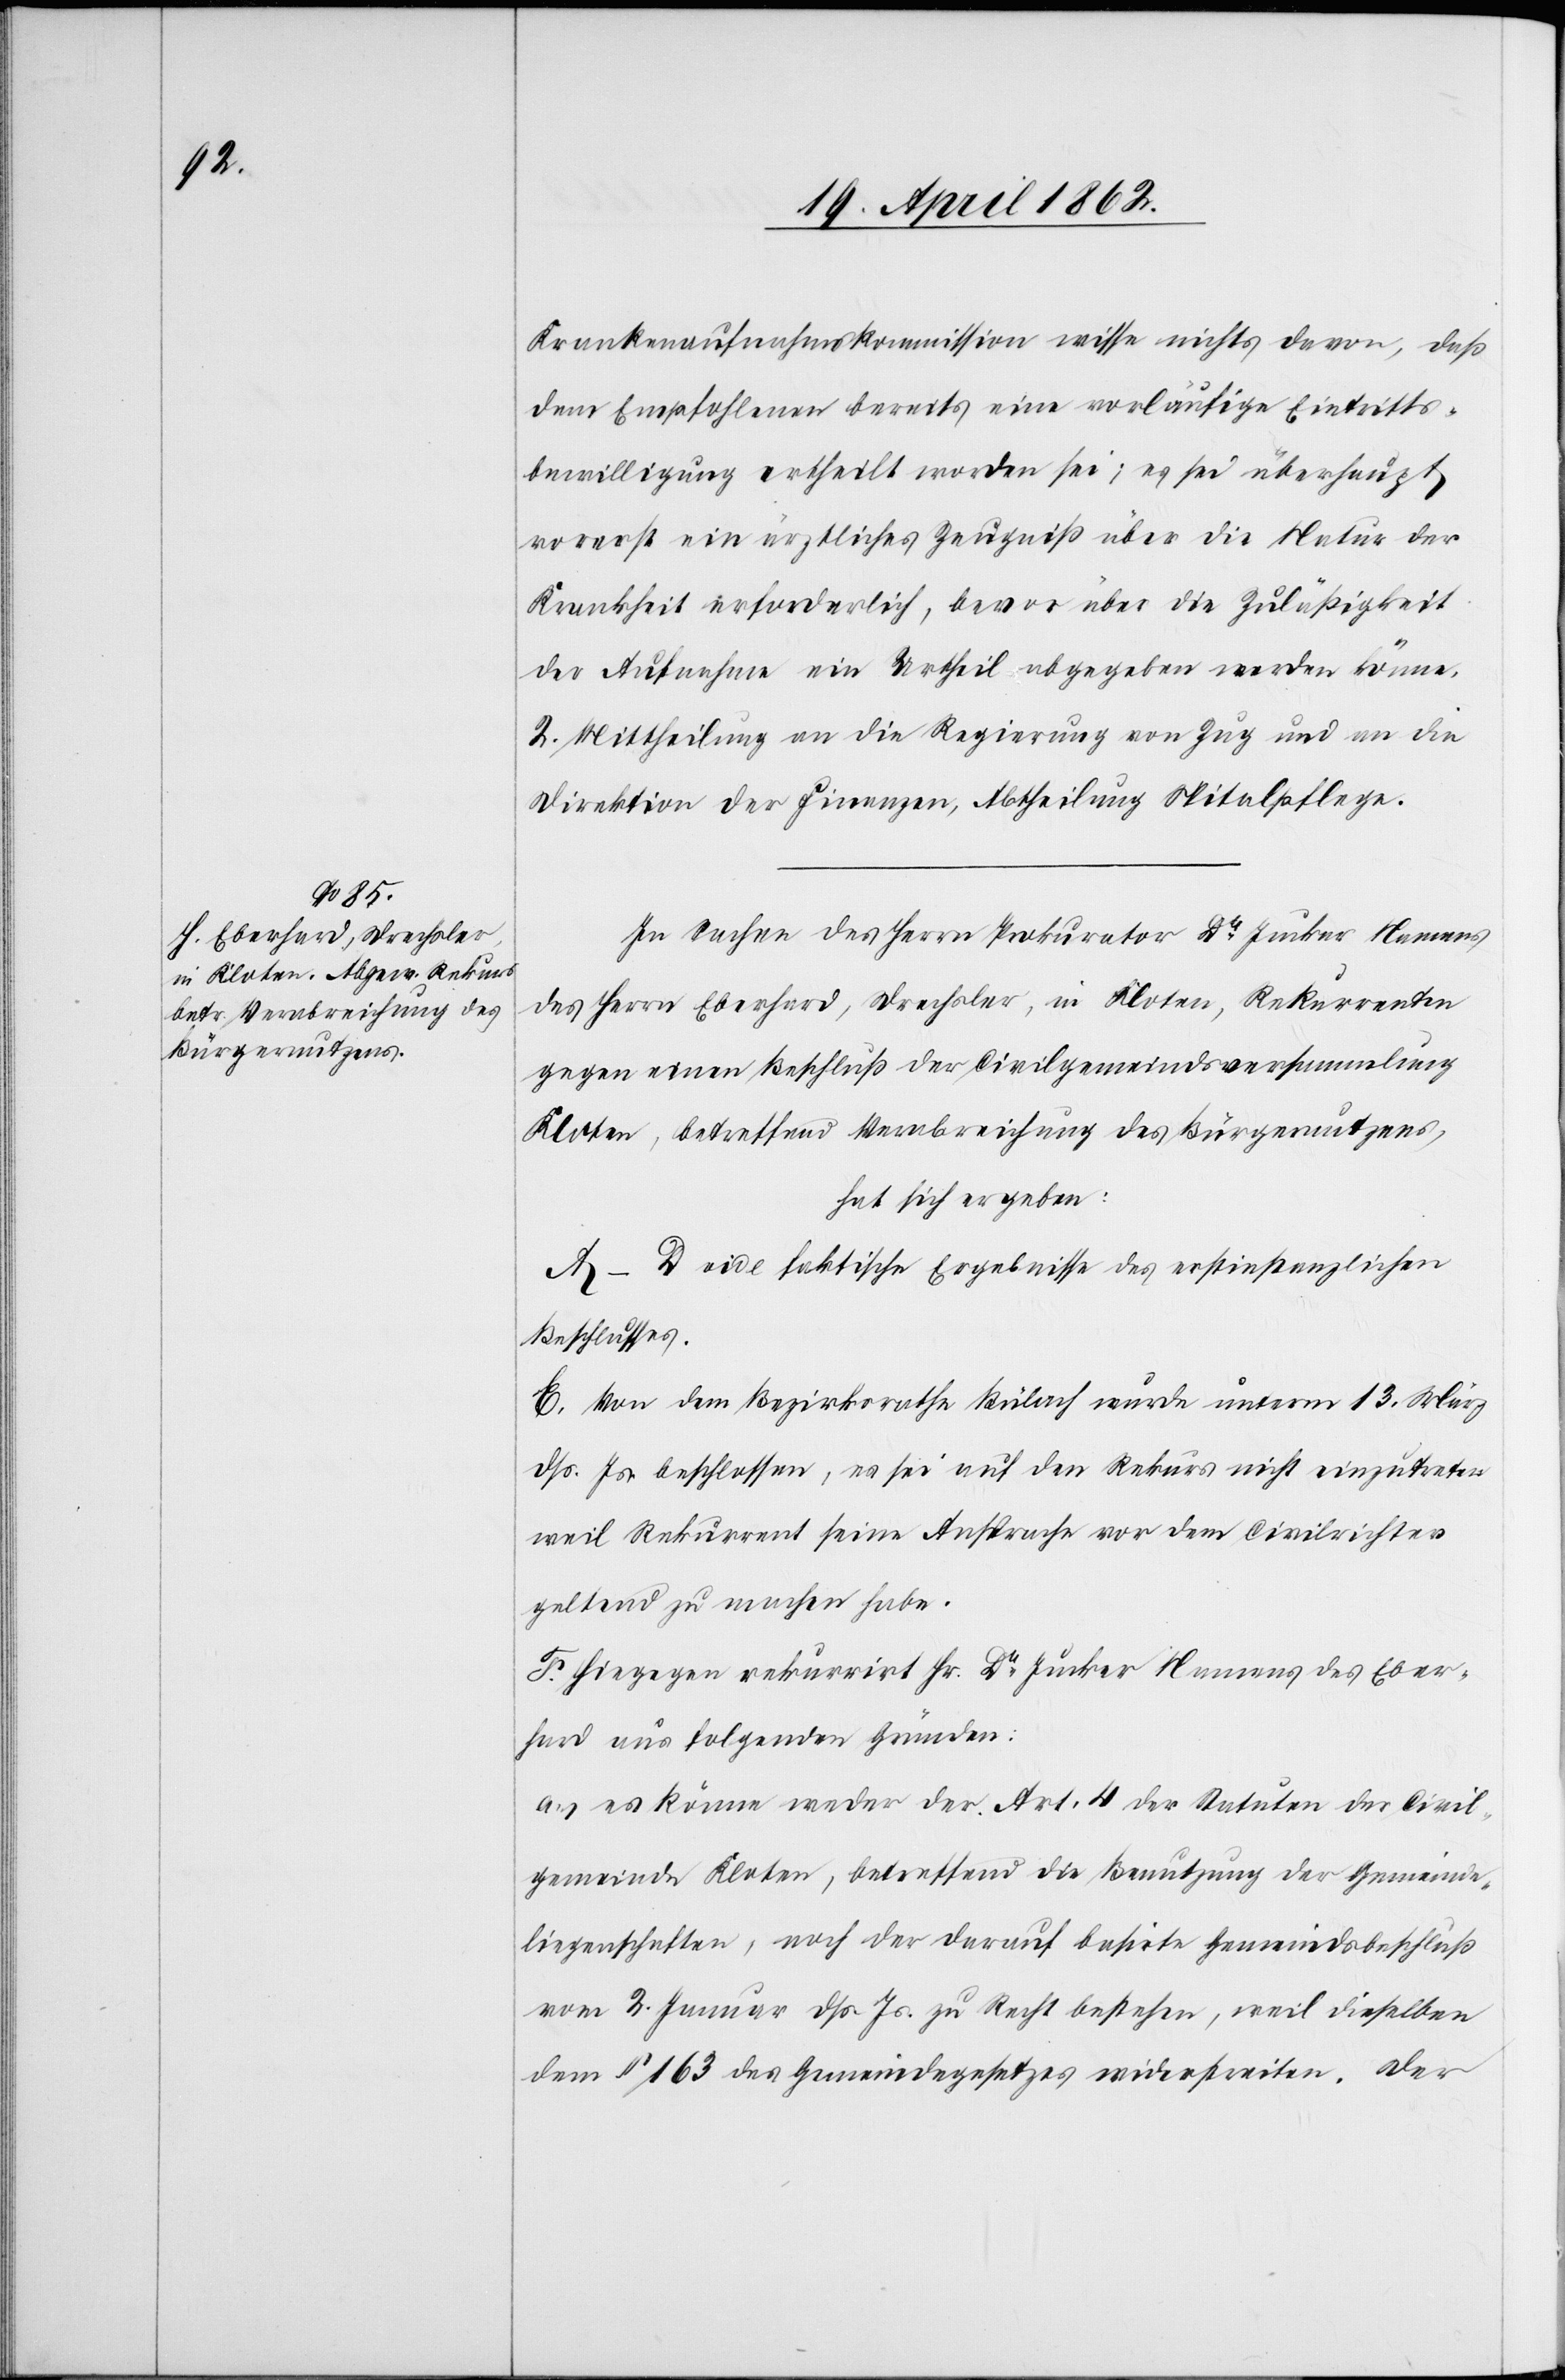
Krankenaufnahmskommission wisse nichts davon, daß
dem Empfohlenen bereits eine vorläufige Eintritts¬
bewilligung ertheilt worden sei; es sei überhaupt
vorerst ein ärztliches Zeugniß über die Natur der
Krankheit erforderlich, bevor über die Zuläßigkeit
der Aufnahme ein Urtheil abgegeben werden könne.
2. Mittheilung an die Regierung von Zug und an die
Direktion der Finanzen, Abtheilung Spitalpflege.
In Sachen des Herrn Prokurator Dr. Jucker Namens
des Herrn Eberhard, Drechsler, in Kloten, Rekurrenten
gegen einen Beschluß der Civilgemeindsversammlung
Kloten, betreffend Verabreichung des Bürgernutzens,
hat sich ergeben:
A–D vide faktische Ergebnisse des erstinstanzlichen
Beschlusses.
E. Von dem Bezirksrathe Bülach wurde unterm 13. März
dß. Js. beschlossen, es sei auf den Rekurs nicht einzutreten
weil Rekurrent seine Ansprache vor dem Civilrichter
geltend zu machen habe.
F. Hiegegen rekurrirt Hr. Dr. Jucker Namens des Eber¬
hard aus folgenden Gründen:
a) es könne weder der Art. 4 der Statuten der Civil¬
gemeinde Kloten, betreffend die Benutzung der Gemeinde¬
liegenschaften, noch der darauf basirte Gemeindsbeschluß
vom 2. Januar dß. Js. zu Recht bestehen, weil dieselben
dem § 163 des Gemeindegesetzes widerstreiten. Der